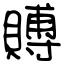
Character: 賻